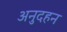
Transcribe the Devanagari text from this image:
अनुदहन